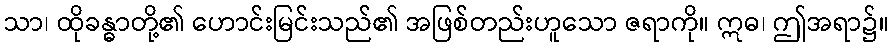
သာ၊ ထိုခန္ဓာတို့၏ ဟောင်းမြင်းသည်၏ အဖြစ်တည်းဟူသော ဇရာကို။ ဣဓ၊ ဤအရာ၌။